Report on horse surra - Volume I
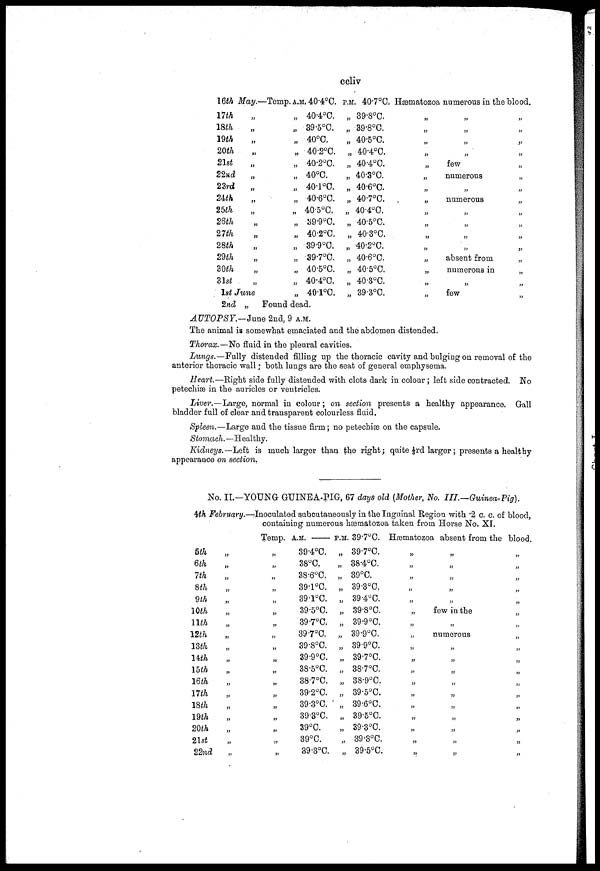
ccliv
16th
17th
18th
19th
20th
21st
22nd
23rd
24th
25th
26th
27th
28th
29th
30th
31st
May.
„
„
„
„
„
„
„
„
„
„
„
„
„
„
„
1st June
2nd „
—Temp A.M. 40.4°C.
„
„
„
„
„
„
„
„
„
„
„
„
„
„
„
„
40.4°C.
39.5°C.
40°C.
40.2°C.
40.2°C.
40°C.
40.1°C.
40.6°C.
40.5°C.
39.9°C.
40.2°C.
39.9°C.
39.7°C.
40.5°C.
40.4°C.
40.1°C.
Found dead.
P.M. 40.7°C.
„ 39.8°C.
„ 39.8°C.
„ 40.5°C.
„ 40.4°C.
„ 40.4°C.
„ 40.3°C.
„ 40.6°C.
„ 40.7°C.
„ 40.4°C.
„ 40.5°C.
„ 40.3°C.
„ 40.2°C,
„ 40.6°C.
„ 40.5°C.
„ 40.3°C.
„ 39.3°C.
Hæmatozoa numerous in the Mood.
„
„
„
„
„
„
„
„
„
„
„
„
„
„
„
„
„
„
„
„
few
numerous
„
numerous
„
„
„
„
absent from
numerous in
„
few
„
„
„
„
„
„
„
„
„
„
„
„
„
„
„
„
AUTOPSY.-June
2nd, 9 A.M.
The animal is somewhat emaciated and the abdomen distended.
Thorax.—No fluid in the pleural cavities.
Lungs.—Fully distended filling up the thoracic cavity and bulging on removal of the
anterior thoracic wall; both lungs are the seat of general emphysema.
Heart.—Right side fully distended with clots dark in colour ; left side contracted. No
petechiæ in the auricles or ventricles.
Liver.—Large, normal in colour; on section presents a healthy appearance. Gall
bladder full of clear and transparent colourless fluid.
Spleen.—Large and the tissue firm; no petechiæ on the capsule.
Stomach.—Healthy.
Kidneys.— Left is much larger than the right; quite ⅓ rd larger ; presents a healthy
appearance on section.
No. II.—YOUNG GUINEA-PIG, 67 days old (Mother, No.
III.—Guinea-Pig).
4th February.—Inoculated subcutaneously in the Inguinal Region with .2 c. c. of blood,
containing numerous hæmatozoa taken from Horse No. XI.
5th
6th
7th
8th
9th
10th
11th
12th
13th
14th
15th
16th
17th
18th
19th
20th
21st
22nd
„
„
„
„
„
„
„
„
„
„
„
„
„
„
„
„
„
„
Temp.
„
„
„
„
„
„
„
„
„
„
„
„
„
„
„
„
„
„
A.M.
39.4°C.
38°C.
38.6°C.
39.1°C.
39.°C.
39.5°C.
39.7°C.
39.7°C.
39.8°C.
39.9°C.
38.5°C.
38.7°C.
39.2°C.
39.3°C.
39.3°C.
39°C.
39°C.
39.3°C.
P.M. 39.7°C.
„ 39.7°C.
„ 38.4°C.
„ 39°C.
„ 39.3°C.
„ 39.4°C.
„ 39.8°C.
„ 39.9°C.
„ 39.9°C.
„ 39.9°C.
„ 39.7°C.
„ 38.7°C.
„ 38.9°C.
„ 39.5°C.
„ 39.6°C.
„ 39.5°C.
„ 39.3°C.
„ 39.3°C.
„ 39.5°C.
Hæmatozoa absent from the blood.
„
„
„
„
„
„
„
„
„
„
„
„
„
„
„
„
„
„
„
„
„
„
„ „
„ „
„
„
few in the
„
„
„
numerous
„
„
„
„
„
„ „
„ „
„
„
„
„
„ „
„
„
„
„
„
„